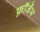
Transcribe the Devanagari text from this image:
फ़ॉर्जेम